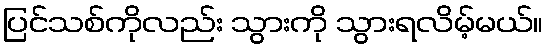
ပြင်သစ်ကိုလည်း သွားကို သွားရလိမ့်မယ်။